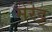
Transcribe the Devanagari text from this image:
मेरेट्ट